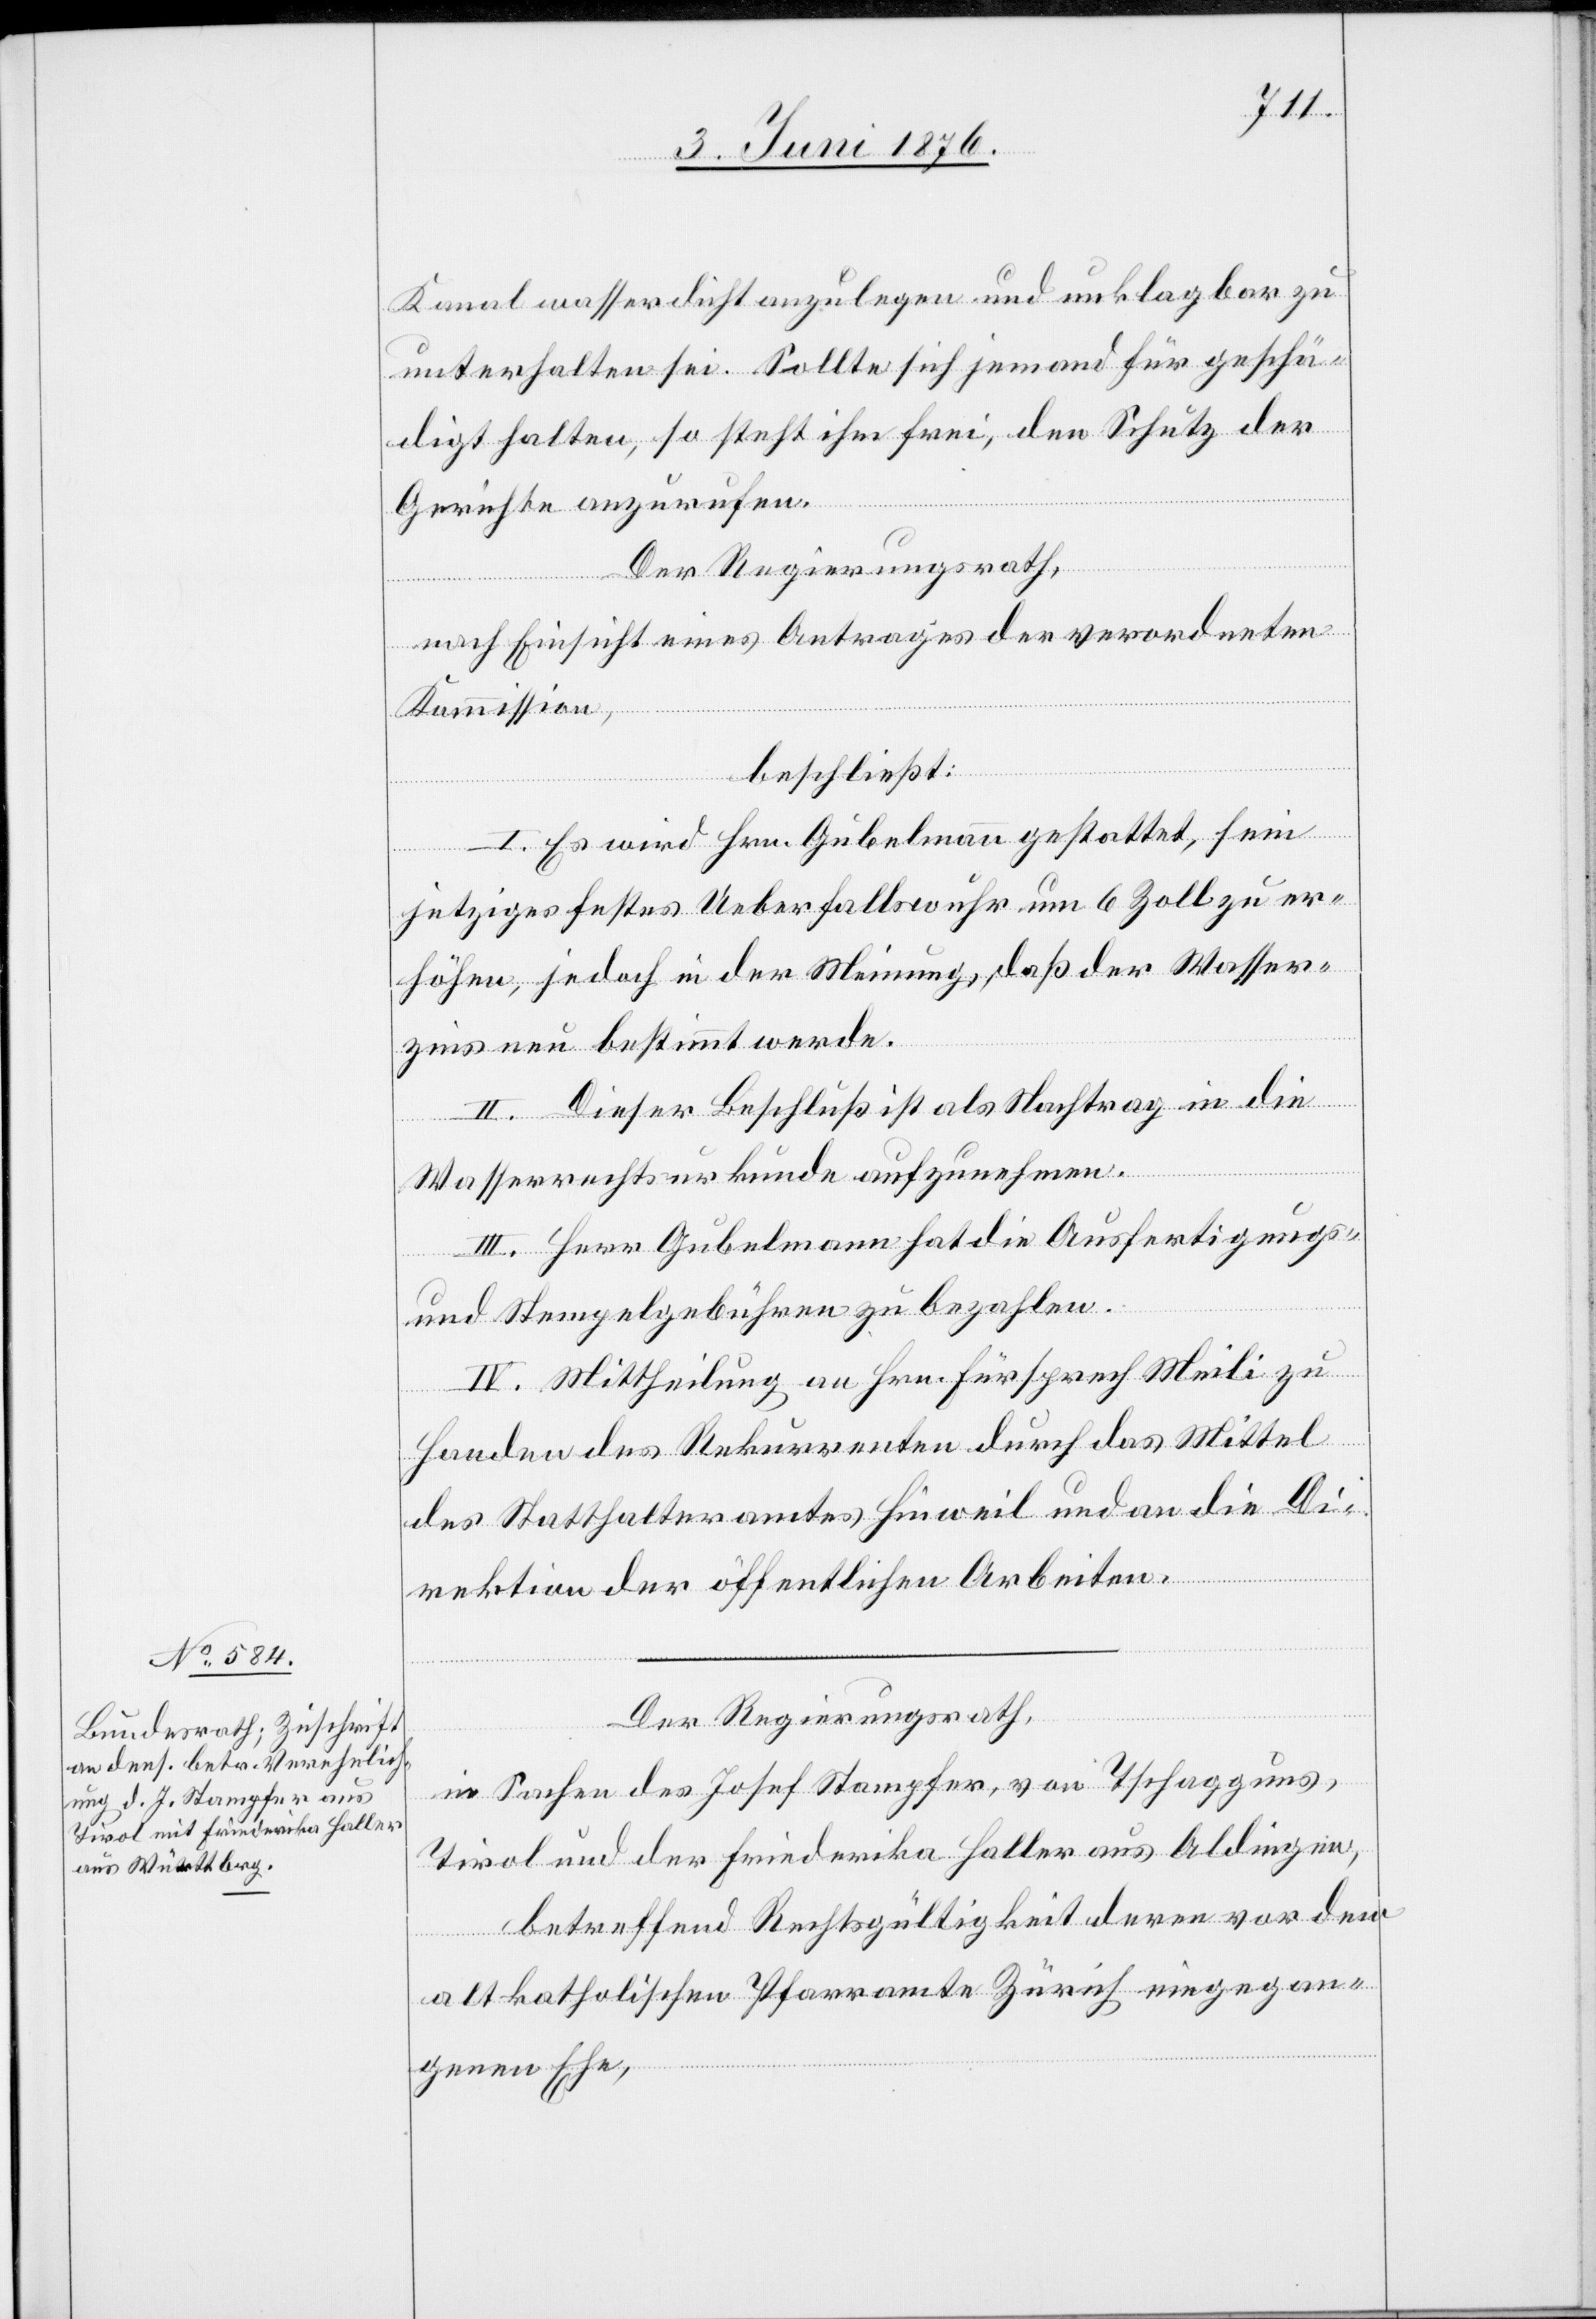
Kanal wasserdicht anzulegen und unklagbar zu
unterhalten sei. Sollte sich jemand für geschä¬
digt halten, so steht ihm frei, den Schutz der
Gerichte anzurufen.
Der Regierungsrath,
nach Einsicht eines Antrages der verordneten
Kommission,
beschließt:
I. Es wird Hrn. Gubelmann gestattet, sein
jetziges festes Ueberfallswuhr um 6 Zoll zu er¬
höhen, jedoch in der Meinung, daß der Wasser¬
zins neu bestimmt werde.
II. Dieser Beschluß ist als Nachtrag in die
Wasserrechtsurkunde aufzunehmen.
III. Herr Gubelmann hat die Ausfertigungs-
und Stempelgebühren zu bezahlen.
IV. Mittheilung an Hrn. Fürsprech Meili zu
Handen des Rekurrenten durch das Mittel
des Statthalteramtes Hinweil und an die Di¬
rektion der öffentlichen Arbeiten.
Der Regierungsrath,
in Sachen des Josef Stamper, von Tschagguns,
Tirol und der Friederika Haller aus Aldingen,
betreffend Rechtsgültigkeit deren vor dem
altkatholischen Pfarramte Zürich eingegan¬
genen Ehe,